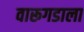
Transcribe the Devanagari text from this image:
वारूगडाला